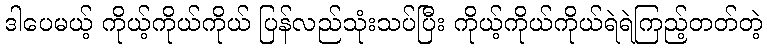
ဒါပေမယ့် ကိုယ့်ကိုယ်ကိုယ် ပြန်လည်သုံးသပ်ပြီး ကိုယ့်ကိုယ်ကိုယ်ရဲရဲကြည့်တတ်တဲ့